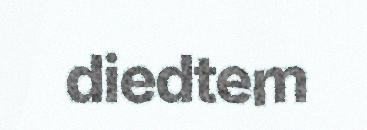
diedtem